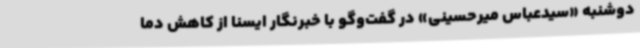
دوشنبه «سیدعباس میرحسینی» در گفت‌وگو با خبرنگار ایسنا از کاهش دما